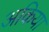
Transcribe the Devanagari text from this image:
अकिया